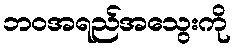
ဘဝအရည်အသွေးကို